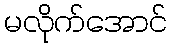
မလိုက်အောင်